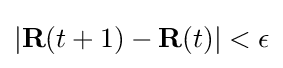
|\mathbf {R} (t+1)-\mathbf {R} (t)|<\epsilon